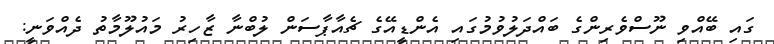
ގައި ބޭއްވި ނޫސްވެރިންގެ ބައްދަލުވުމުގައި އެންޑީއޭގެ ޗެއާޕާސަން ލުބްނާ ޒާހިރު މައުލޫމާތު ދެއްވަނީ: